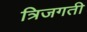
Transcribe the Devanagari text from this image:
त्रिजगती